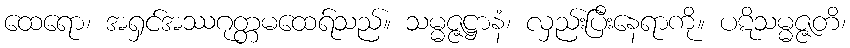
ထေရော၊ အရှင်အဿဂုတ္တမထေရ်သည်။ သမ္မဇ္ဇဋ္ဌာနံ၊ လှည်းပြီးနေရာကို။ ပဋိသမ္မဇ္ဇတိ၊